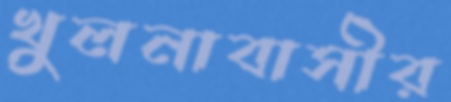
খুলনাবাসীর